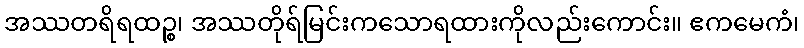
အဿတရိရထဉ္စ၊ အဿတိုရ်မြင်းကသောရထားကိုလည်းကောင်း။ ဧကမေကံ၊